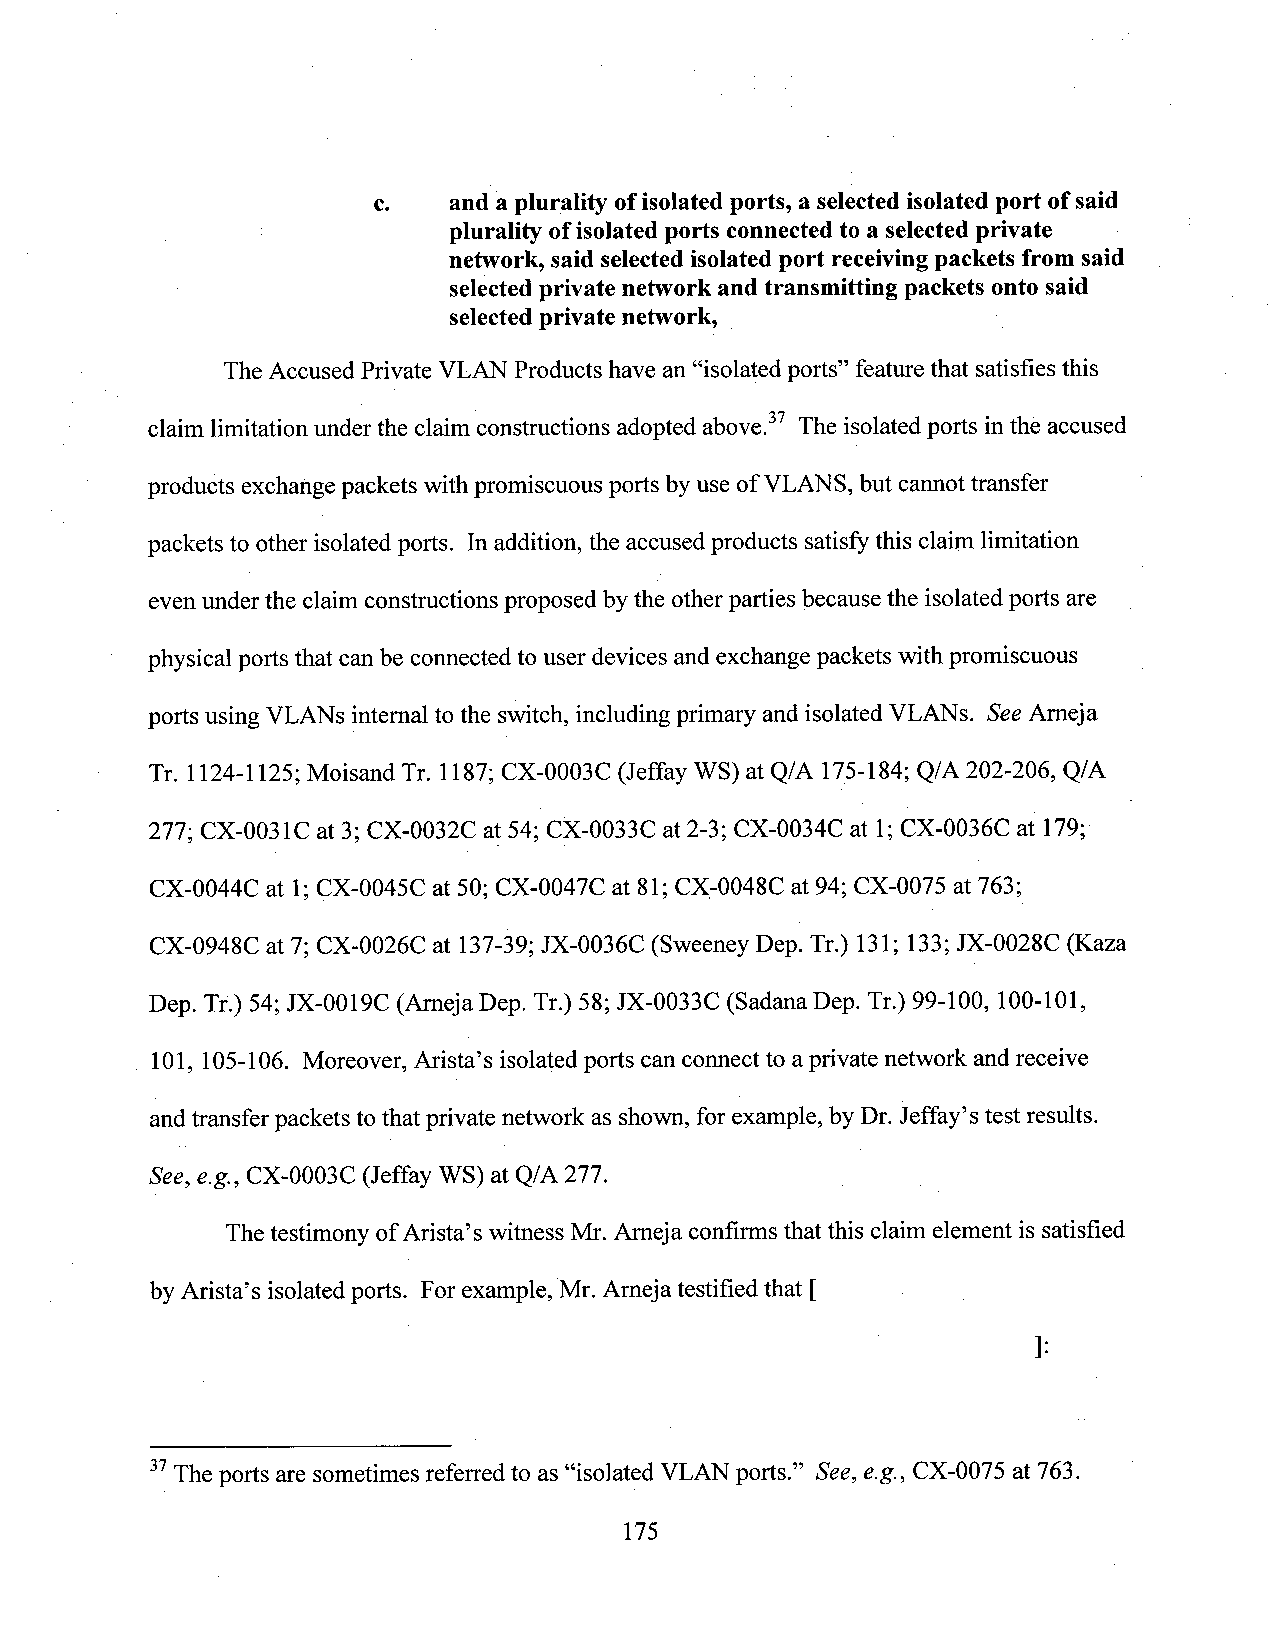
c.   and a plurality ofisolated ports, a selectedisolated port ofsaid
 plurality ofisolated ports connectedto a selectedprivate
 network, said selectedisolated port receivingpackets from said
 selectedprivate network and transmitting packets onto said
 selectedprivate network,
 The Accused Private VLAN Products have an “isolated ports” featurethat satisfies this
 claim limitation under the claim constructions adopted above.37 The isolated ports inthe accused
 products exchangepackets withpromiscuous ports by useofVLANS, but cannottransfer
 packets to other isolated ports. Inaddition, the accused products satisfythis claim limitation
 even under the claimconstructions proposed bythe otherparties because the isolated ports are
 physical ports that canbe connectedto user devices andexchange packets with promiscuous
 ports using VLANs internal to the switch, including primary and isolated VLANs. SeeAmeja
 Tr. 1124-1125; Moisand Tr. 1187;CX-0003C (Jeffay WS) at Q/A 175-184; Q/A 202-206, Q/A
 277; CX-0031C at 3; CX-0032C at 54; CX-0033C at 2-3; CX-0034C at 1;CX-0036C at 179;"
 CX-0044C at 1;CX-0045C at 50; CX-0047C at 81; CX_-0048Cat 94; CX-0075 at 763;
 CX-0948C at 7; CX-0026C at 137-39;JX-0036C (Sweeney Dep. Tr.) 131; 133;JX-0028C (Kaza
 Dep. Tr.) 54;JX-0019C (Arneja Dep. Tr.) 58;JX-0033C (Sadana Dep. Tr.) 99-100, 100-101,
 101, 105-106. Moreover, Arista’s isolated ports can connect to aprivate network and receive
 andtransfer packets to that private network as shown, forexample, by Dr. Jeffay’s test results.
 See, e.g., cx-ooosc (Jeffay WS) at Q/A 277.   A    _
 ThetestimonyofArista’s witness Mr.Ameja confinns that this claimelement is satisfied
 by Arista’s isolatedports. Forexample,Mr. Ameja testified that [
 ]:
 3?The ports are sometimes referred to as “isolated VLAN ports.” See, e.g., CX-0075 at 763.
 175